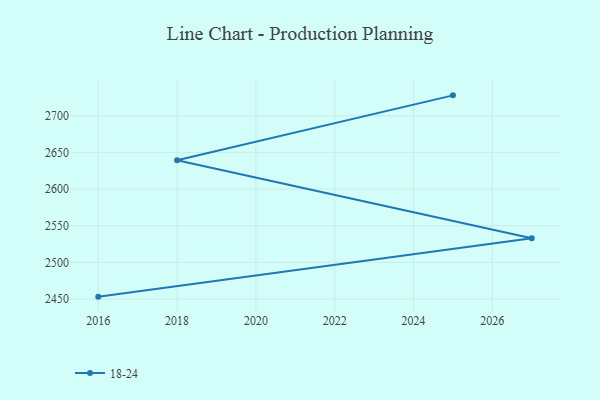
{"axis": {"x": "Year", "y": "Page Views"}, "legend": ["18-24"], "data": [{"x": "2025", "y": 2727.8, "type": "18-24"}, {"x": "2018", "y": 2639.3, "type": "18-24"}, {"x": "2027", "y": 2532.9, "type": "18-24"}, {"x": "2016", "y": 2453.3, "type": "18-24"}]}